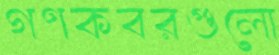
গণকবরগুলো